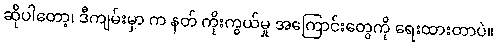
ဆိုပါတော့၊ ဒီကျမ်းမှာ က နတ် ကိုးကွယ်မှု အကြောင်းတွေကို ရေးထားတာပဲ။